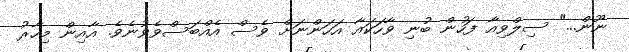
ނޫން..." ސިލްވިއާ ފަހުން ބުނި ވާހަކައާ އަހަންނަށް ވެސް އެއްބަސްވެވުނެވެ. އާއިން މިހާރު